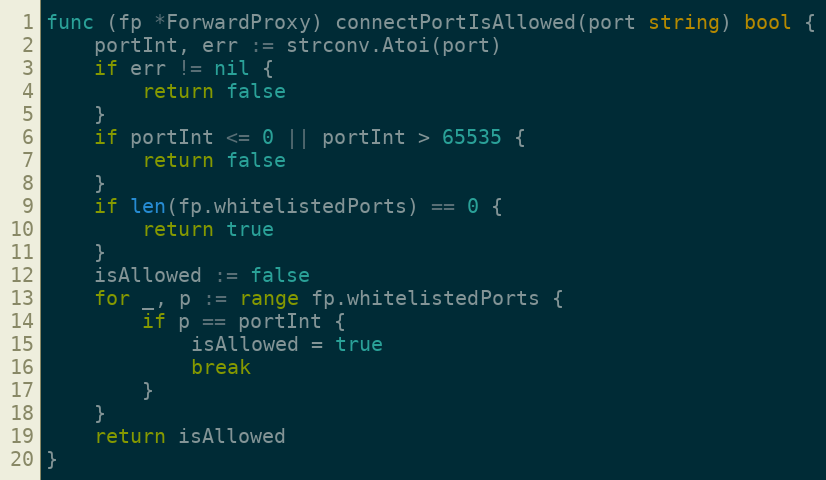
Language: Go
func (fp *ForwardProxy) connectPortIsAllowed(port string) bool {
	portInt, err := strconv.Atoi(port)
	if err != nil {
		return false
	}
	if portInt <= 0 || portInt > 65535 {
		return false
	}
	if len(fp.whitelistedPorts) == 0 {
		return true
	}
	isAllowed := false
	for _, p := range fp.whitelistedPorts {
		if p == portInt {
			isAllowed = true
			break
		}
	}
	return isAllowed
}